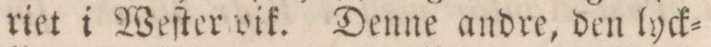
riet i Weſter vik. Denne andre, den lyck=